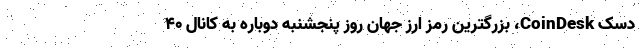
دسک CoinDesk، بزرگترین رمز ارز جهان روز پنجشنبه دوباره به کانال 40